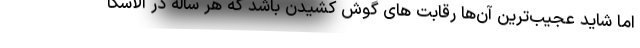
اما شاید عجیب‌ترین آن‌ها رقابت های گوش کشیدن باشد که هر ساله در آلاسکا